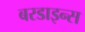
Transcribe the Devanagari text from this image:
बरडाइन्स